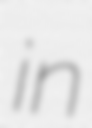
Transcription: in